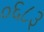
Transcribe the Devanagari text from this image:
०६८३